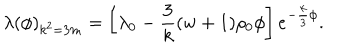
\lambda ( \phi ) _ { k ^ { 2 } = 3 m } = \left[ \lambda _ { 0 } - { \frac { 3 } { k } } ( w + 1 ) \rho _ { 0 } \phi \right] e ^ { - { \frac { k } { 3 } } \phi } .